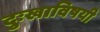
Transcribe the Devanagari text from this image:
दुःखाविषयी